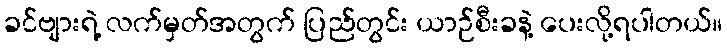
ခင်ဗျားရဲ့ လက်မှတ်အတွက် ပြည်တွင်း ယာဉ်စီးခနဲ့ ပေးလို့ရပါတယ်။